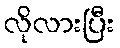
လိုလားပြီး